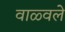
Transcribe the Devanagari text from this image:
वाळ्वले